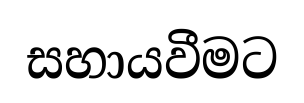
සහායවීමට